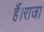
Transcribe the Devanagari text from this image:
हैं।राजा